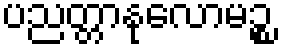
ပညတ္တာနုလောမဉ္စ